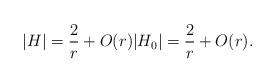
LaTeX: \begin{align*} |H| = \frac{2}{r} +O(r) |H_0| = \frac{2}{r} +O(r). \end{align*}